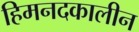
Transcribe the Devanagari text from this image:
हिमनदकालीन